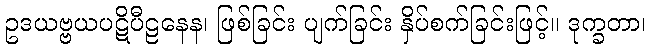
ဥဒယဗ္ဗယပဋိပီဠနေန၊ ဖြစ်ခြင်း ပျက်ခြင်း နှိပ်စက်ခြင်းဖြင့်။ ဒုက္ခတာ၊